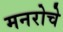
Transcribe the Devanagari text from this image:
मनरोचे